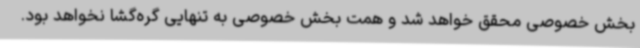
بخش خصوصی محقق خواهد شد و همت بخش خصوصی به تنهایی گره‌گشا نخواهد بود.‌